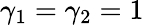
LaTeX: \gamma_{1}=\gamma_{2}=1